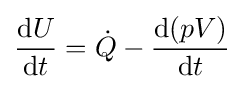
{\frac {\mathrm {d} U}{\mathrm {d} t}}={\dot {Q}}-{\frac {\mathrm {d} (pV)}{\mathrm {d} t}}